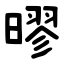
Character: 㬔